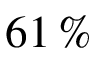
6 1 \, \%